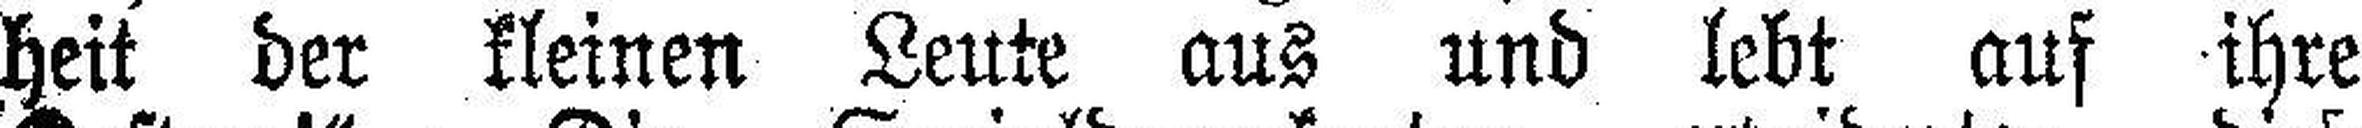
heit der kleinen Leute aus und lebt auf ihre